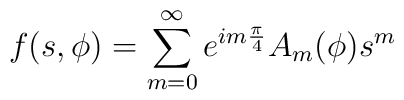
f(s,\phi)=\sum_{m=0}^{\infty}e^{i m{\pi\over4}}A_m(\phi)s^m